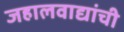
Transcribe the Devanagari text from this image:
जहालवाद्यांची